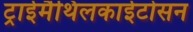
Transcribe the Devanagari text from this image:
ट्राईमैथिलकाईटोसन